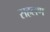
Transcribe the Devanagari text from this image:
सहलण